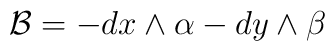
\mathcal{B} = -dx \wedge \alpha - dy \wedge \beta